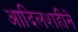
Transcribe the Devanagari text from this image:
आदिलशहीने